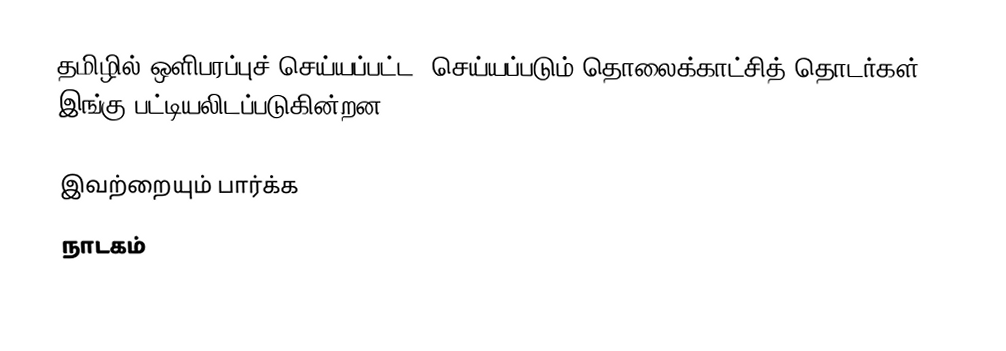
தமிழில் ஒளிபரப்புச் செய்யப்பட்ட, செய்யப்படும் தொலைக்காட்சித் தொடர்கள் இங்கு பட்டியலிடப்படுகின்றன.

இவற்றையும் பார்க்க
 நாடகம்